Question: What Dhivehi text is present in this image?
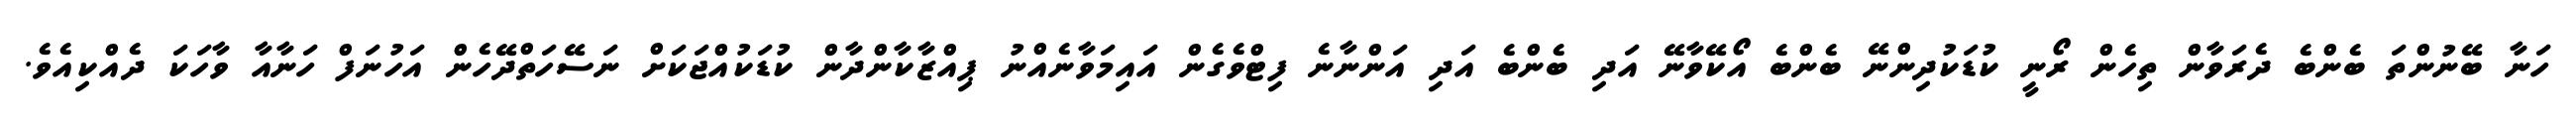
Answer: ހަނާ ބޭނުންތަ ބެންބެ ދެރަވާން ތިހެން ރޯނީ ކުޑަކުދިންނޭ ބެންބެ އޯކޭވާނޭ އަދި ބެންބެ އަދި އަންނާނެ ފިޓްވެގެން އައިމަވާނެއްނު ޕިއްޒާކާންދާން ކުޑަކުއްޖަކަށް ނަސޭހަތްދޭހެން އަހުނަފް ހަނާއާ ވާހަކަ ދެއްކިއެވެ.